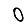
Digit: 0